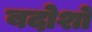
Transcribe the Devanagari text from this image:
बदोशों